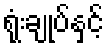
ရုံးချုပ်နှင့်